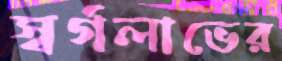
স্বর্গলাভের